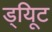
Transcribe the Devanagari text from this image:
ड्यिूट